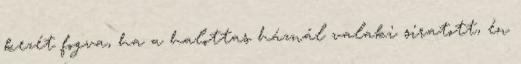
kezét fogva, ha a halottas háznál valaki siratott, én